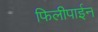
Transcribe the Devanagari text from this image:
फिलीपाईन